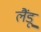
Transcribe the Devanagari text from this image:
लैंडू